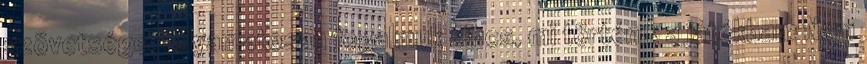
szövetsége, folyamatosan fogalmuk sincs, mi történik a játékban: Nem